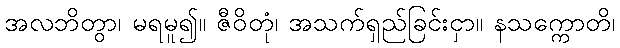
အလဘိတွာ၊ မရမူ၍။ ဇီဝိတုံ၊ အသက်ရှည်ခြင်းငှာ။ နသက္ကောတိ၊